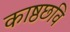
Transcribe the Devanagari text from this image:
काष्ठछवि